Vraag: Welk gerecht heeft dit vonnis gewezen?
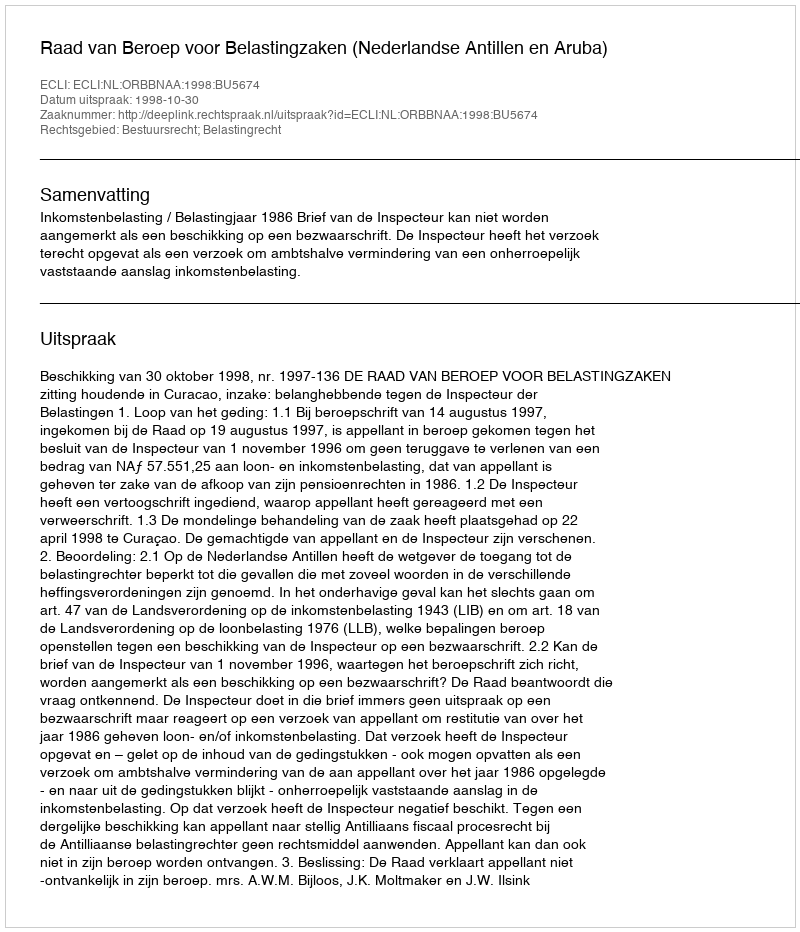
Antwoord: Raad van Beroep voor Belastingzaken (Nederlandse Antillen en Aruba)